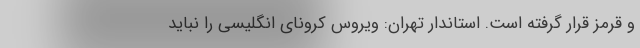
و قرمز قرار گرفته است. استاندار تهران: ویروس کرونای انگلیسی را نباید